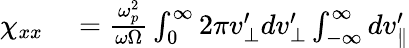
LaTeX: \begin{array}{rl}{\chi_{xx}}&{{}=\frac{\omega_{p}^{2}}{\omega\Omega}\int_{0}^{\infty}2\pi v_{\perp}^{\prime}dv_{\perp}^{\prime}\int_{-\infty}^{\infty}dv_{\parallel}^{\prime}}\end{array}